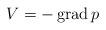
LaTeX: \begin{align*}V=-\operatorname{grad} p\end{align*}